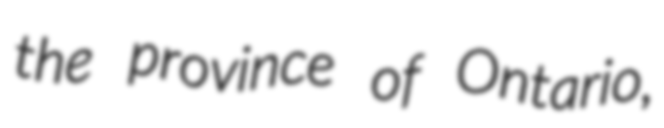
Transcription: the province of Ontario,